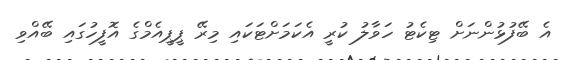
އެ ބޭފުޅުންނަށް ޓިކެޓު ހަވާލު ކުރީ އެކަމަށްޓަކައި މިރޭ ޕީޕީއެމްގެ އޮފީހުގައި ބޭއްވި